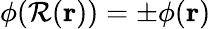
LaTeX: \phi(\mathcal{R}(\mathbf{r}))=\pm\phi(\mathbf{r})